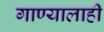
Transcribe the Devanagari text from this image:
गाण्यालाही